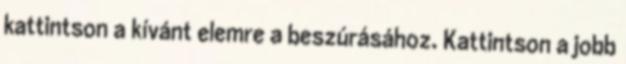
kattintson a kívánt elemre a beszúrásához. Kattintson a jobb